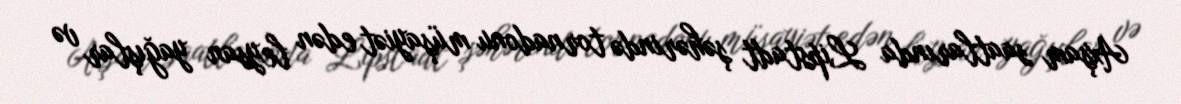
Axşam saatlarında Lipstadt şəhərində tornadonu müşayiət edən leysan yağışlar və